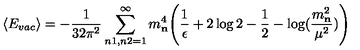
\langle E _ { v a c } \rangle = - { \frac { 1 } { 3 2 \pi ^ { 2 } } } \sum _ { n 1 , n 2 = 1 } ^ { \infty } m _ { \bf n } ^ { 4 } \Bigg ( { \frac { 1 } { \epsilon } } + 2 \log 2 - { \frac { 1 } { 2 } } - \log ( { \frac { m _ { \bf n } ^ { 2 } } { \mu ^ { 2 } } } ) \Bigg )